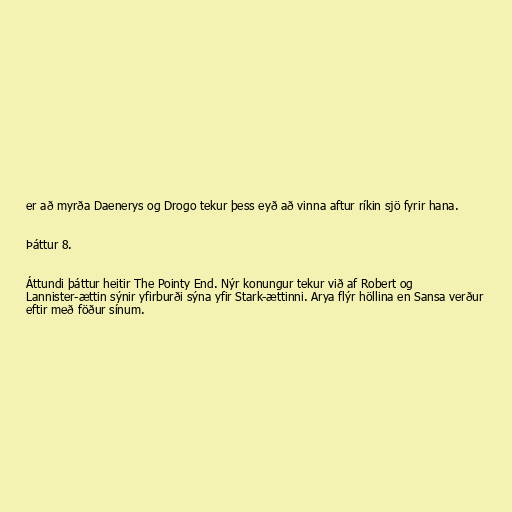
er að myrða Daenerys og Drogo tekur þess eyð að vinna aftur ríkin sjö fyrir hana.

Þáttur 8.

Áttundi þáttur heitir The Pointy End. Nýr konungur tekur við af Robert og
Lannister-ættin sýnir yfirburði sýna yfir Stark-ættinni. Arya flýr höllina en Sansa verður
eftir með föður sínum.